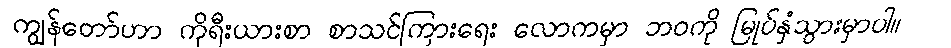
ကျွန်တော်ဟာ ကိုရီးယားစာ စာသင်ကြားရေး လောကမှာ ဘဝကို မြုပ်နှံသွားမှာပါ။